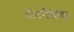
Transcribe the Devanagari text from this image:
डोंगरीकिल्ला